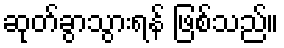
ဆုတ်ခွာသွားရန် ဖြစ်သည်။